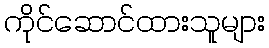
ကိုင်ဆောင်ထားသူများ